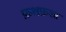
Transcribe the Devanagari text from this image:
फ़शफ़शा